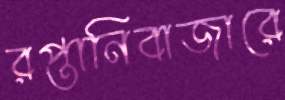
রপ্তানিবাজারে